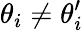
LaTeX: \theta_{i}\neq\theta_{i}^{\prime}